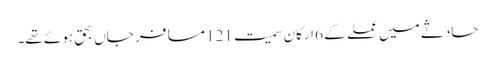
حادثے میں عملے کے 6 ارکان سمیت 121 مسافر جاں بحق ہوئے تھے۔